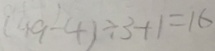
( 1 9 - 4 ) \div 3 + 1 = 1 6